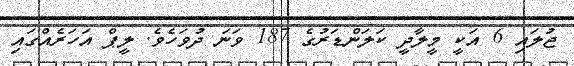
ޖުލައި 6 އަކީ މީލާދީ ކަލަންޑަރުގެ 187 ވަނަ ދުވަހެވެ. ލީޕް އަހަރެއްގައި